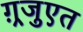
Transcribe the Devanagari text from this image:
ग़्रजुएत